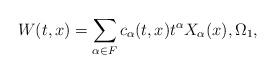
LaTeX: \begin{align*}W(t,x)= \sum_{\alpha\in F} c_{\alpha}(t,x) t^{\alpha} X_{\alpha}(x), \Omega_1,\end{align*}